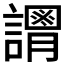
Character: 𧬴